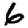
Digit: 6